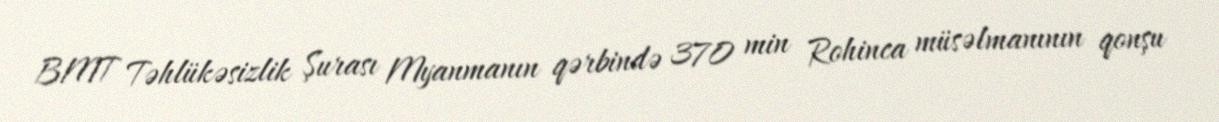
BMT Təhlükəsizlik Şurası Myanmanın qərbində 370 min Rohinca müsəlmanının qonşu